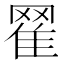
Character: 𦋜